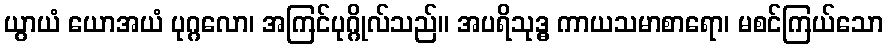
ယွာယံ ယောအယံ ပုဂ္ဂလော၊ အကြင်ပုဂ္ဂိုလ်သည်။ အပရိသုဒ္ဓ ကာယသမာစာရော၊ မစင်ကြယ်သော